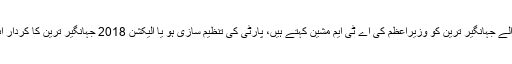
اپوزیشن والے جہانگیر ترین کو وزیراعظم کی اے ٹی ایم مشین کہتے ہیں، پارٹی کی تنظیم سازی ہو یا الیکشن 2018 جہانگیر ترین کا کردار اہم رہا ہے۔